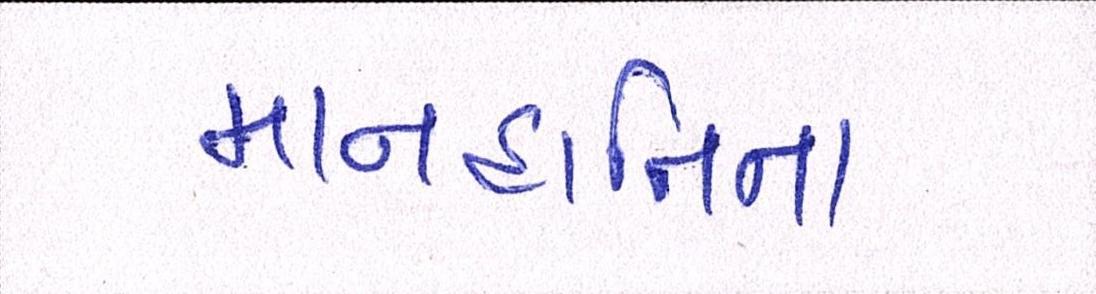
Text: માનહાનિના